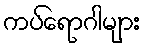
ကပ်ရောဂါများ